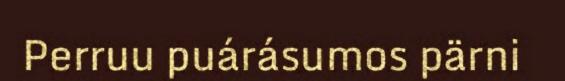
Perruu puárásumos pärni